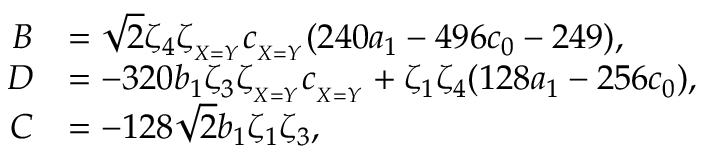
\begin{array} { r l } { B } & { = \sqrt { 2 } \zeta _ { 4 } \zeta _ { _ { X = Y } } c _ { _ { X = Y } } ( 2 4 0 a _ { 1 } - 4 9 6 c _ { 0 } - 2 4 9 ) , } \\ { D } & { = - 3 2 0 b _ { 1 } \zeta _ { 3 } \zeta _ { _ { X = Y } } c _ { _ { X = Y } } + \zeta _ { 1 } \zeta _ { 4 } ( 1 2 8 a _ { 1 } - 2 5 6 c _ { 0 } ) , } \\ { C } & { = - 1 2 8 \sqrt { 2 } b _ { 1 } \zeta _ { 1 } \zeta _ { 3 } , } \end{array}